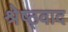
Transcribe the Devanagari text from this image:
श्रेष्ठ्वाद